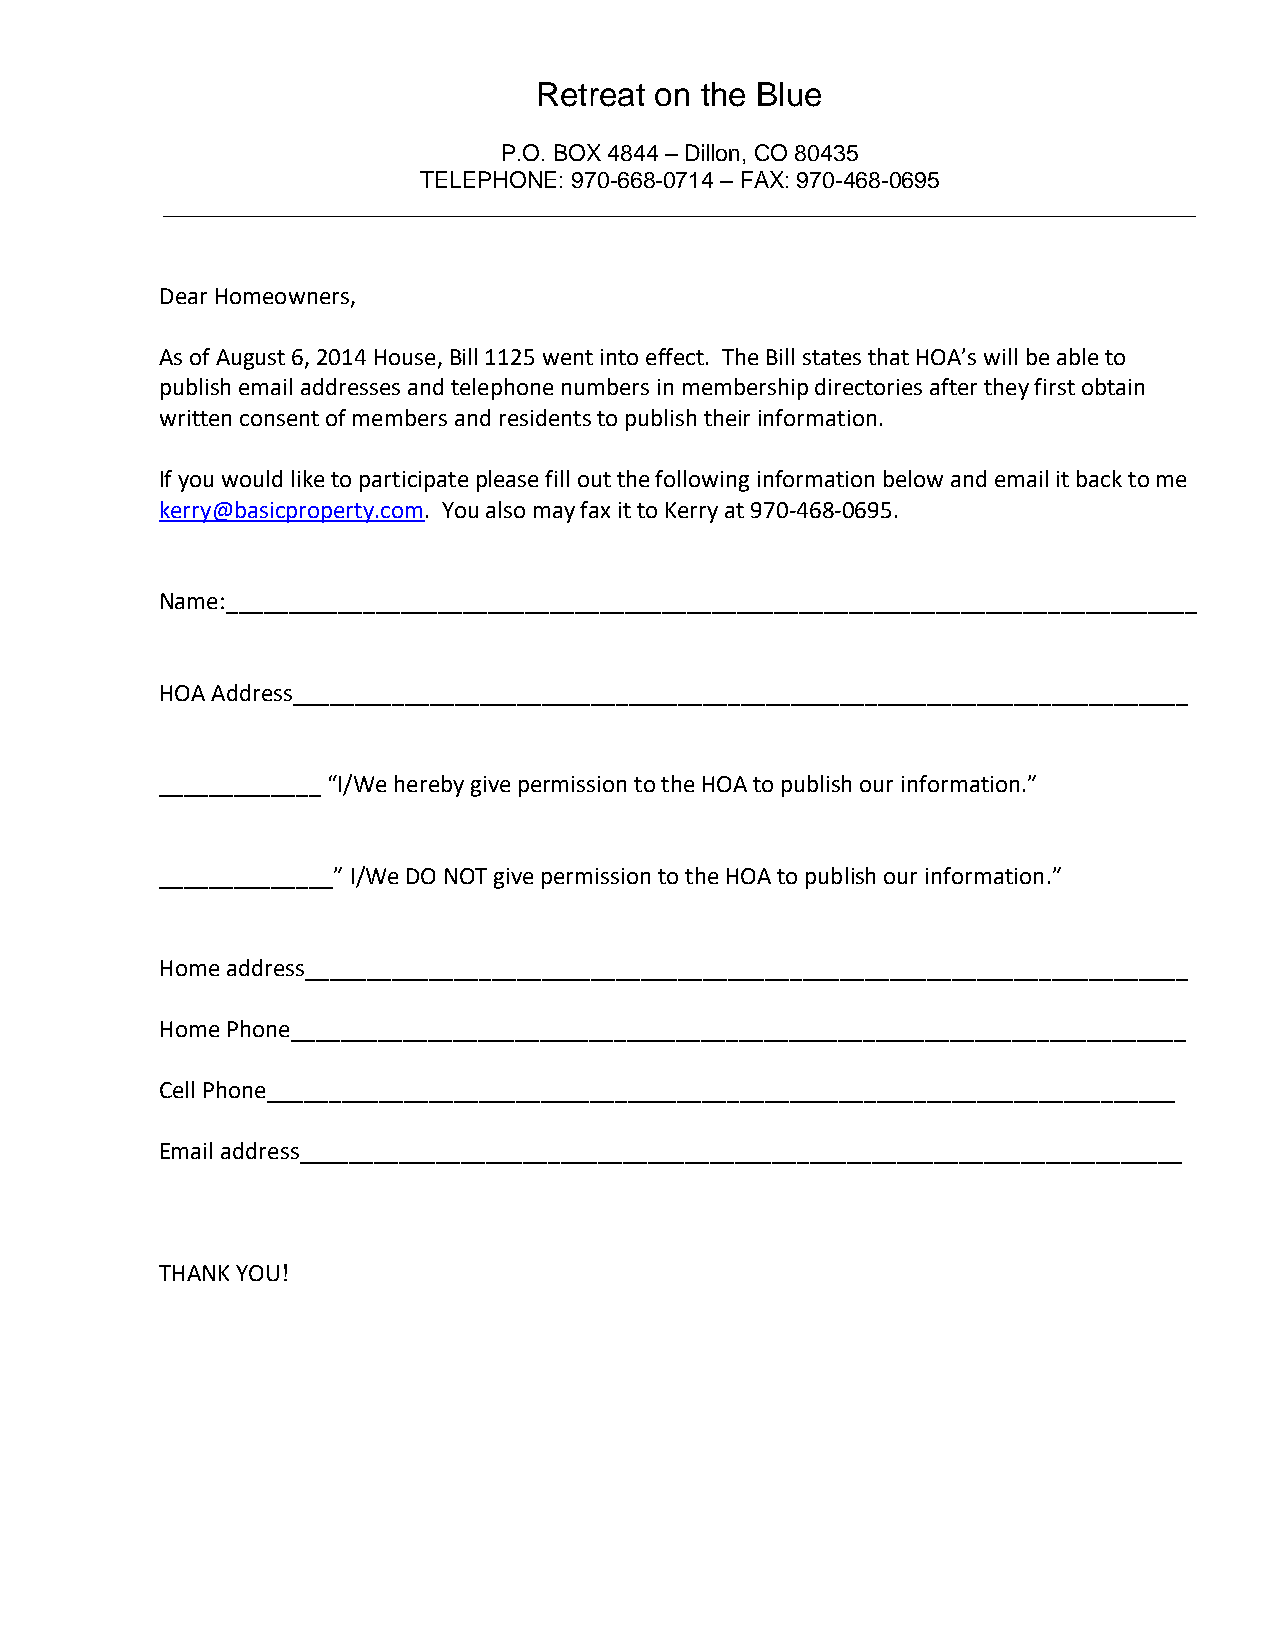
Retreat on the Blue
 P.O. BOX 4844 – Dillon, CO 80435
 TELEPHONE: 970-668-0714 – FAX: 970-468-0695
 _________________________________________________________________________________
 Dear Homeowners,
 As of August 6, 2014 House, Bill 1125 went into effect. The Bill states that HOA’s will be able to
 publish email addresses and telephone numbers in membership directories after they first obtain
 written consent of members and residents to publish their information.
 If you would like to participate please fill out the following information below and email it back to me
 kerry@basicproperty.com. You also may fax it to Kerry at 970-468-0695.
 Name:______________________________________________________________________________
 HOA Address________________________________________________________________________
 _____________ “I/We hereby give permission to the HOA to publish our information.”
 ______________” I/We DO NOT give permission to the HOA to publish our information.”
 Home address_______________________________________________________________________
 Home Phone________________________________________________________________________
 Cell Phone_________________________________________________________________________
 Email address_______________________________________________________________________
 THANK YOU!